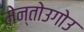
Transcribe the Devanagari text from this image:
मेन्तोउगोउ